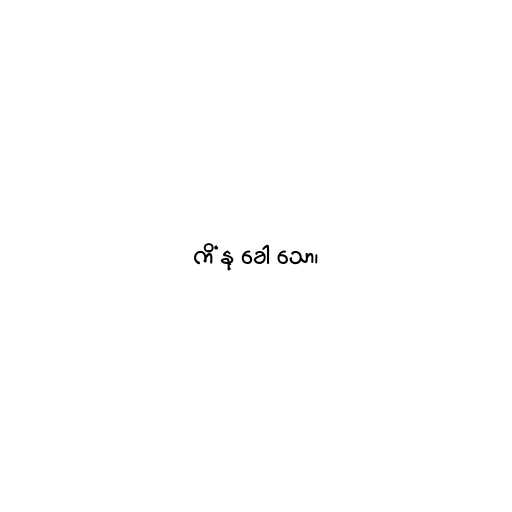
ကိံ နု ခေါ သော၊